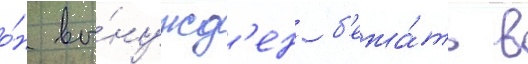
о́н вы́нужд'ен б'ежа́ть в